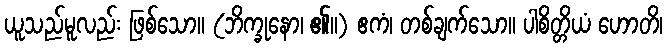
ယူသည်မူလည်း ဖြစ်သော။ (ဘိက္ခုနော၊ ၏။) ဧကံ၊ တစ်ချက်သော။ ပါစိတ္တိယံ ဟောတိ၊